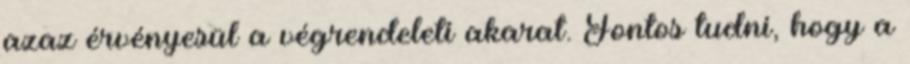
azaz érvényesül a végrendeleti akarat. Fontos tudni, hogy a